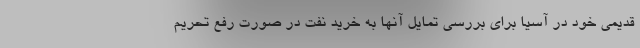
قدیمی خود در آسیا برای بررسی تمایل آنها به خرید نفت در صورت رفع تحریم